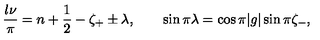
\frac { l \nu } { \pi } = n + \frac { 1 } { 2 } - \zeta _ { + } \pm \lambda , \qquad \sin \pi \lambda = \cos \pi | g | \sin \pi \zeta _ { - } ,